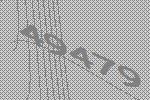
49479